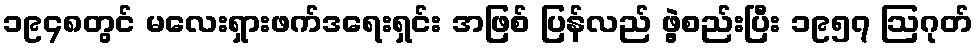
၁၉၄၈တွင် မလေးရှားဖက်ဒရေးရှင်း အဖြစ် ပြန်လည် ဖွဲ့စည်းပြီး ၁၉၅၇ ဩဂုတ်